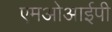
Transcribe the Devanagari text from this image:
एमओआईपी